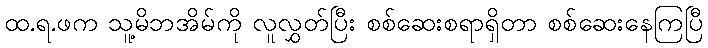
ထ.ရ.ဖက သူ့မိဘအိမ်ကို လူလွှတ်ပြီး စစ်ဆေးစရာရှိတာ စစ်ဆေးနေကြပြီ